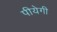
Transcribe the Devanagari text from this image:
पीयेगी